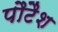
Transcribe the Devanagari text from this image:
पौटैश